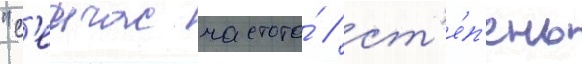
"с'еичас частота́ / ст'е́п'ень